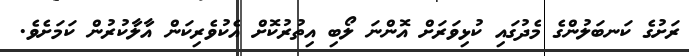
ރަށުގެ ކަނބަލުންގެ މެދުގައި ކުޅިވަރަށް އޮންނަ ލޯބި އިތުރުކޮށް އެކުވެރިކަން އާލާކުރުން ކަމަށެވެ.